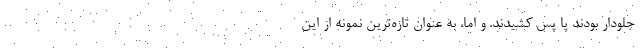
جلودار بودند پا پس کشیدند. و اما، به عنوان تازه‌ترین نمونه از این